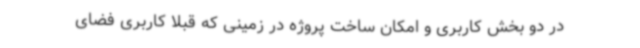
در دو بخش کاربری و امکان ساخت پروژه در زمینی که قبلاً کاربری فضای